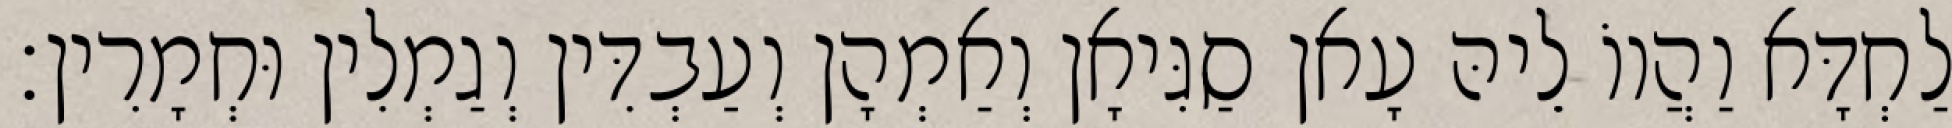
לַחְדָּא וַהֲווֹ לֵיהּ עָאן סַגִּיאָן וְאַמְהָן וְעַבְדִּין וְגַמְלִין וּחְמָרִין׃